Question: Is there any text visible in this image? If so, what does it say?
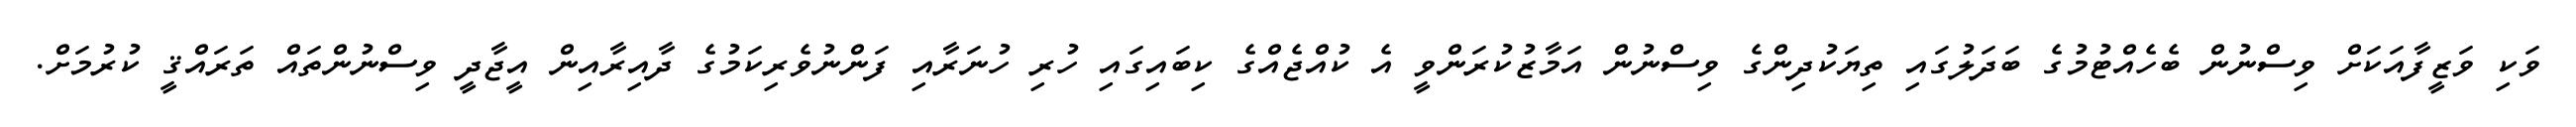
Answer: ވަކި ވަޒީފާއަކަށް ވިސްނުން ބެހެއްޓުމުގެ ބަދަލުގައި ތިޔަކުދިންގެ ވިސްނުން އަމާޒުކުރަންވީ އެ ކުއްޖެއްގެ ކިބައިގައި ހުރި ހުނަރާއި ފަންނުވެރިކަމުގެ ދާއިރާއިން އީޖާދީ ވިސްނުންތައް ތަރައްޤީ ކުރުމަށް.